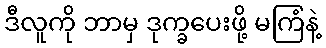
ဒီလူကို ဘာမှ ဒုက္ခပေးဖို့ မကြံနဲ့